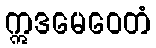
ဣဒမေဝေတံ